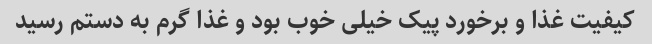
کیفیت غذا و برخورد پیک خیلی خوب بود و غذا گرم به دستم رسید